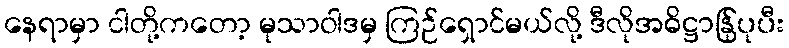
နေရာမှာ ငါတို့ကတော့ မုသာဝါဒမှ ကြဉ်ရှောင်မယ်လို့ ဒီလိုအဓိဋ္ဌာန်ြုပုပီး